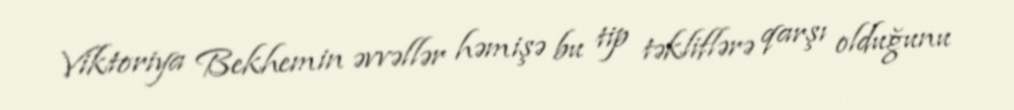
Viktoriya Bekhemin əvvəllər həmişə bu tip təkliflərə qarşı olduğunu